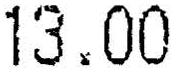
13.00